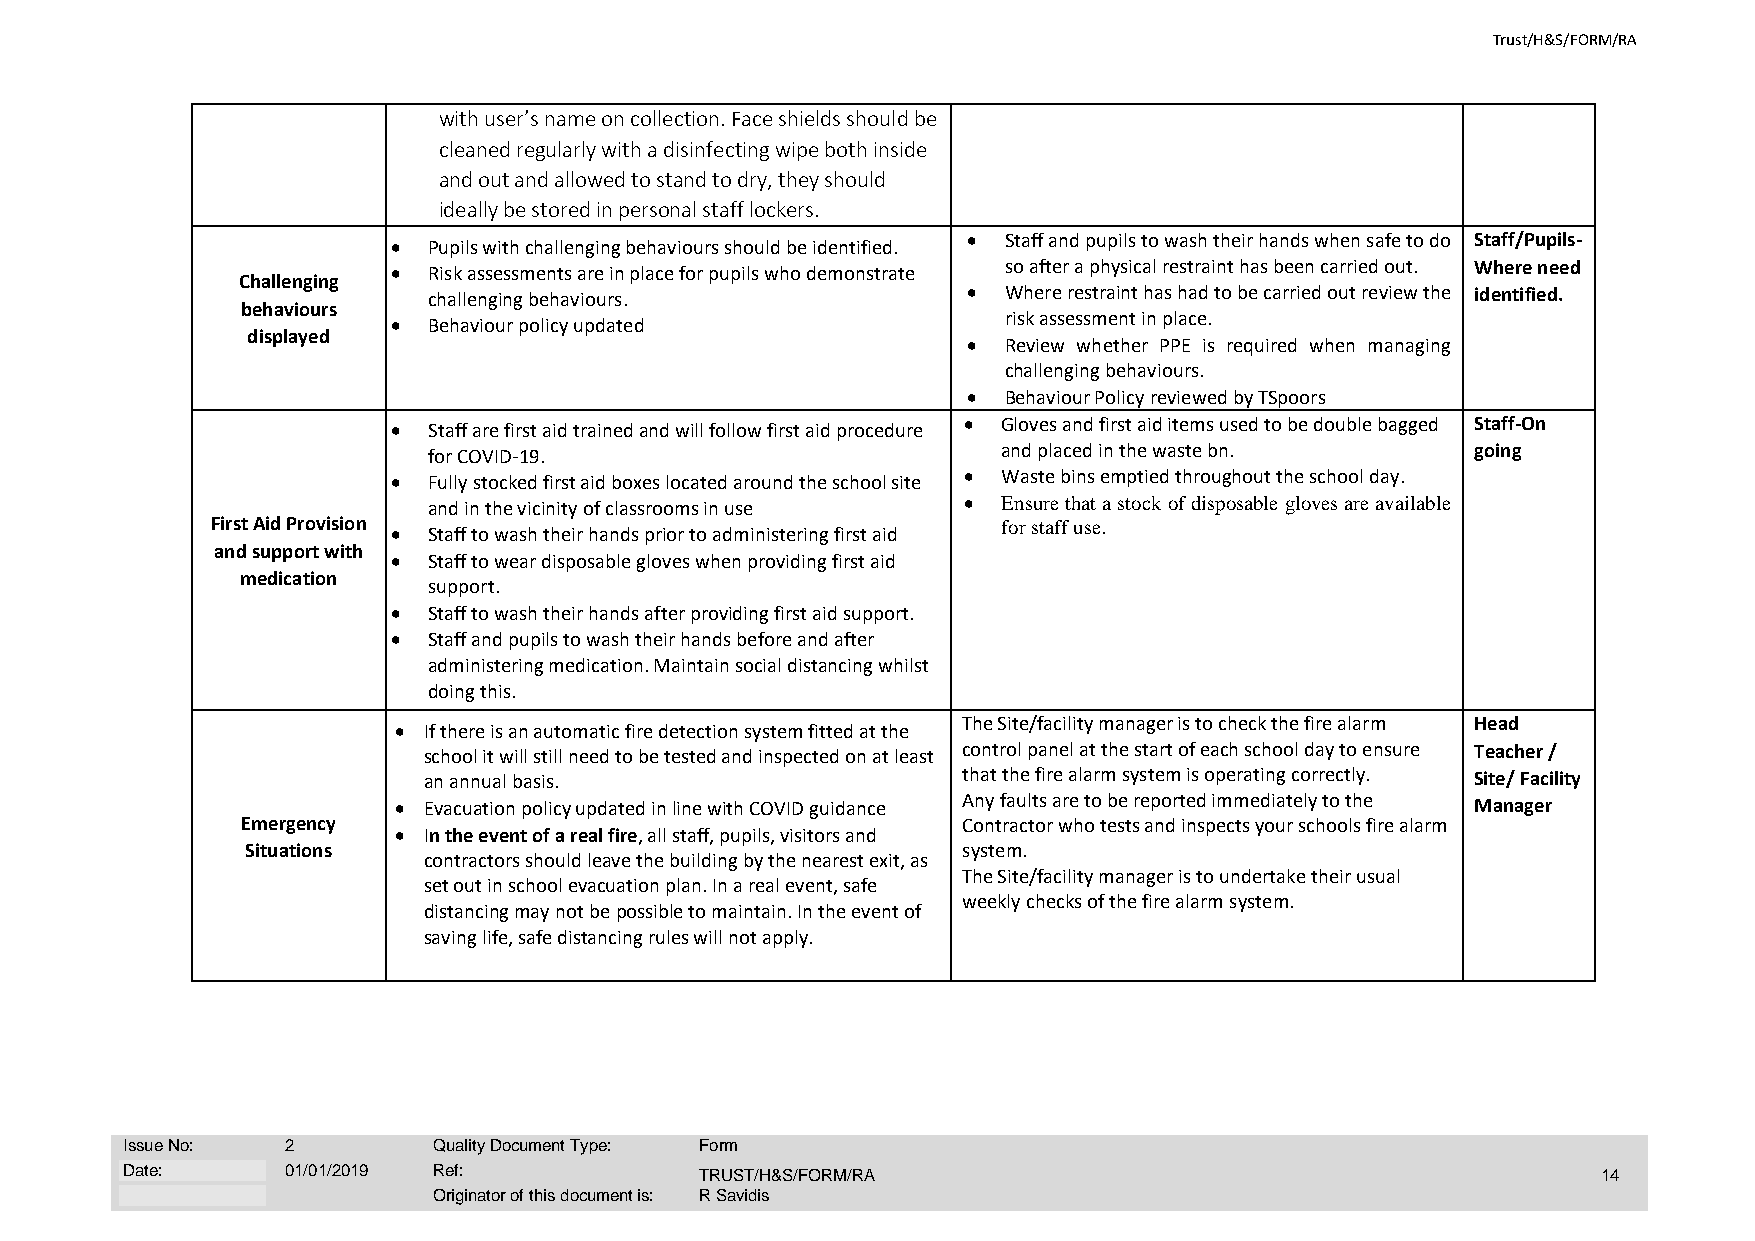
Trust/H&S/FORM/RA
 with user’s name on collection. Face shields should be
 cleaned regularly with a disinfecting wipe both inside
 and out and allowed to stand to dry, they should
 ideally be stored in personal staff lockers.
 • Pupils with challenging behaviours should be identified. • Staff and pupils to wash their hands when safe to do Staff/Pupils-
 • Risk assessments are in place for pupils who demonstrate so after a physical restraint has been carried out. Where need
 Challenging
 challenging behaviours.             • Where restraint has had to be carried out review the identified.
 behaviours
 risk assessment in place.
 • Behaviour policy updated
 displayed
 • Review whether PPE is required when managing
 challenging behaviours.
 • Behaviour Policy reviewed by TSpoors
 • Staff are first aid trained and will follow first aid procedure • Gloves and first aid items used to be double bagged Staff-On
 for COVID-19.                         and placed in the waste bn.     going
 • Fully stocked first aid boxes located around the school site • Waste bins emptied throughout the school day.
 and in the vicinity of classrooms in use • Ensure that a stock of disposable gloves are available
 First Aid Provision                                 for staff use.
 • Staff to wash their hands prior to administering first aid
 and support with
 • Staff to wear disposable gloves when providing first aid
 medication
 support.
 • Staff to wash their hands after providing first aid support.
 • Staff and pupils to wash their hands before and after
 administering medication. Maintain social distancing whilst
 doing this.
 The Site/facility manager is to check the fire alarm Head
 • If there is an automatic fire detection system fitted at the
 school it will still need to be tested and inspected on at least control panel at the start of each school day to ensure Teacher /
 an annual basis.                    that the fire alarm system is operating correctly. Site/ Facility
 • Evacuation policy updated in line with COVID guidance Any faults are to be reported immediately to the Manager
 Emergency                                       Contractor who tests and inspects your schools fire alarm
 • In the event of a real fire, all staff, pupils, visitors and
 Situations                                      system.
 contractors should leave the building by the nearest exit, as
 The Site/facility manager is to undertake their usual
 set out in school evacuation plan. In a real event, safe
 weekly checks of the fire alarm system.
 distancing may not be possible to maintain. In the event of
 saving life, safe distancing rules will not apply.
 Issue No:  2         Quality Document Type: Form
 Date:      01/01/2019 Ref:            TRUST/H&S/FORM/RA                                           14
 Originator of this document is: R Savidis